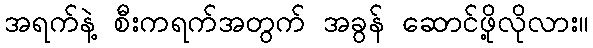
အရက်နဲ့ စီးကရက်အတွက် အခွန် ဆောင်ဖို့လိုလား။